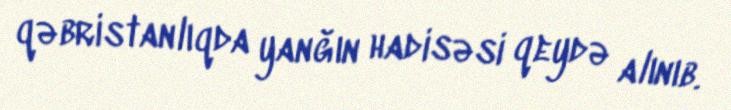
qəbristanlıqda yanğın hadisəsi qeydə alınıb.